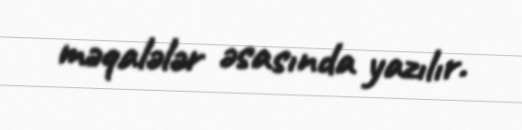
məqalələr əsasında yazılır.